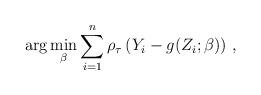
LaTeX: \begin{align*}\arg\min_{\beta}\sum_{i=1}^{n}\rho _{\tau}\left( Y_{i}-g(Z_{i};\beta )\right)\, ,\end{align*}